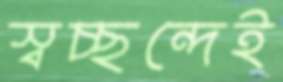
স্বচ্ছন্দেই